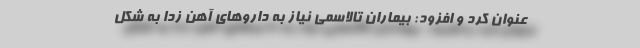
عنوان کرد و افزود: بیماران تالاسمی نیاز به داروهای آهن زدا به شکل